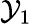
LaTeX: {\cal Y}_{1}